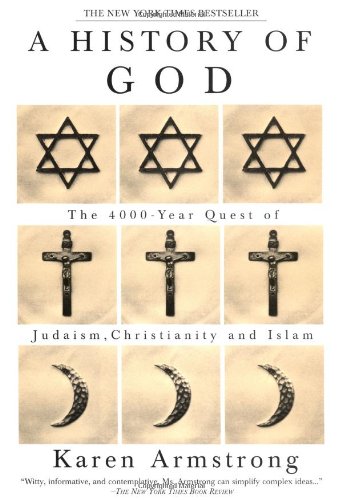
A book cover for A History of God: The 4,000-Year Quest of Judaism, Christianity, and Islam; Karen Armstrong; Religion & Spirituality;